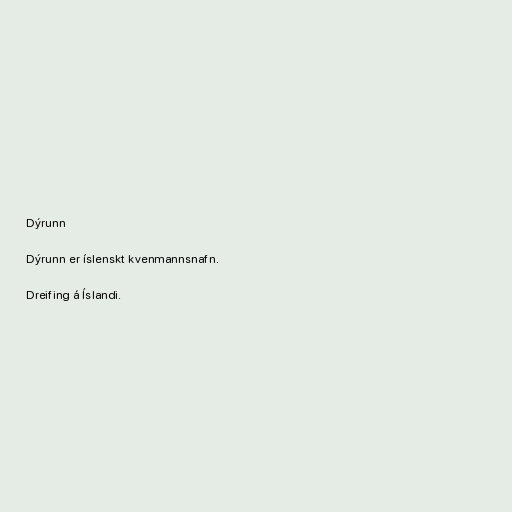
Dýrunn

Dýrunn er íslenskt kvenmannsnafn.

Dreifing á Íslandi.